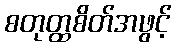
စတုတ္ထစိတ်အဖွင့်